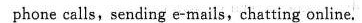
phone calls,sending e-mails, chatting online.